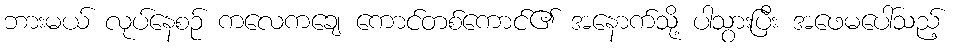
ဘားမယ် လုပ်နေစဉ် ကလေကချေ ကောင်တစ်ကောင်၏ အနောက်သို့ ပါသွားပြီး အဖေမပေါ်သည့်